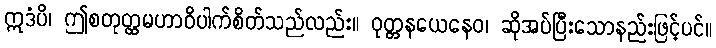
ဣဒံပိ၊ ဤစတုတ္ထမဟာဝိပါက်စိတ်သည်လည်း။ ဝုတ္တနယေနေဝ၊ ဆိုအပ်ပြီးသောနည်းဖြင့်ပင်။